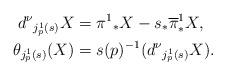
LaTeX: \begin{align*}d^\nu{}_{j^1_p(s)}X&=\pi^1{}_*X-s_*\overline{\pi}^1_*X,\\*\theta_{j^1_p(s)}(X)&=s(p)^{-1}(d^\nu{}_{j^1_p(s)}X).\end{align*}